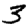
Digit: 3